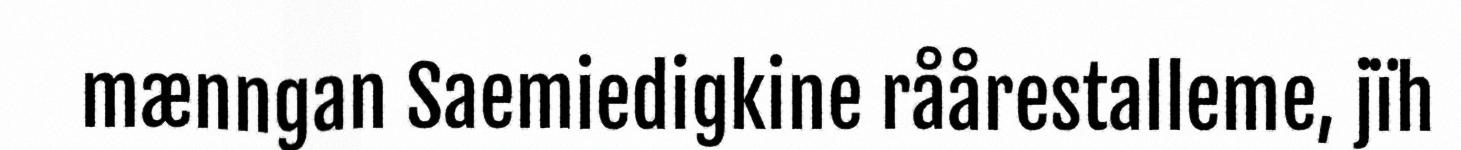
mænngan Saemiedigkine råårestalleme, jïh